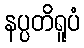
နပ္ပတိရူပံ